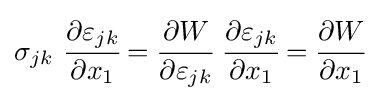
\sigma _{jk}~{\cfrac {\partial \varepsilon _{jk}}{\partial x_{1}}}={\cfrac {\partial W}{\partial \varepsilon _{jk}}}~{\cfrac {\partial \varepsilon _{jk}}{\partial x_{1}}}={\cfrac {\partial W}{\partial x_{1}}}